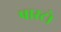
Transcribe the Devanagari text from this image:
पास्टो